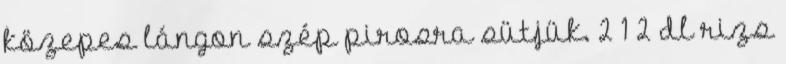
közepes lángon szép pirosra sütjük. 2 1⁄2 dl rizs